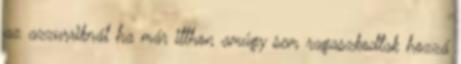
az azzurriknál ha már itthon amúgy sem ragaszkodtak hozzá